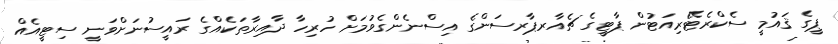
ޕީގެ ޤައުމީ ސެކްރެޓޭރިއަޓުން ޕާޓީގެ ޗެއާރޕާރސަންގެ އިސްނެންގެވުމަށް ހުރިހާ ދާއިރާތަކެއްގެ ރައީސުނަށްވަނީ ސިޓީއެއް